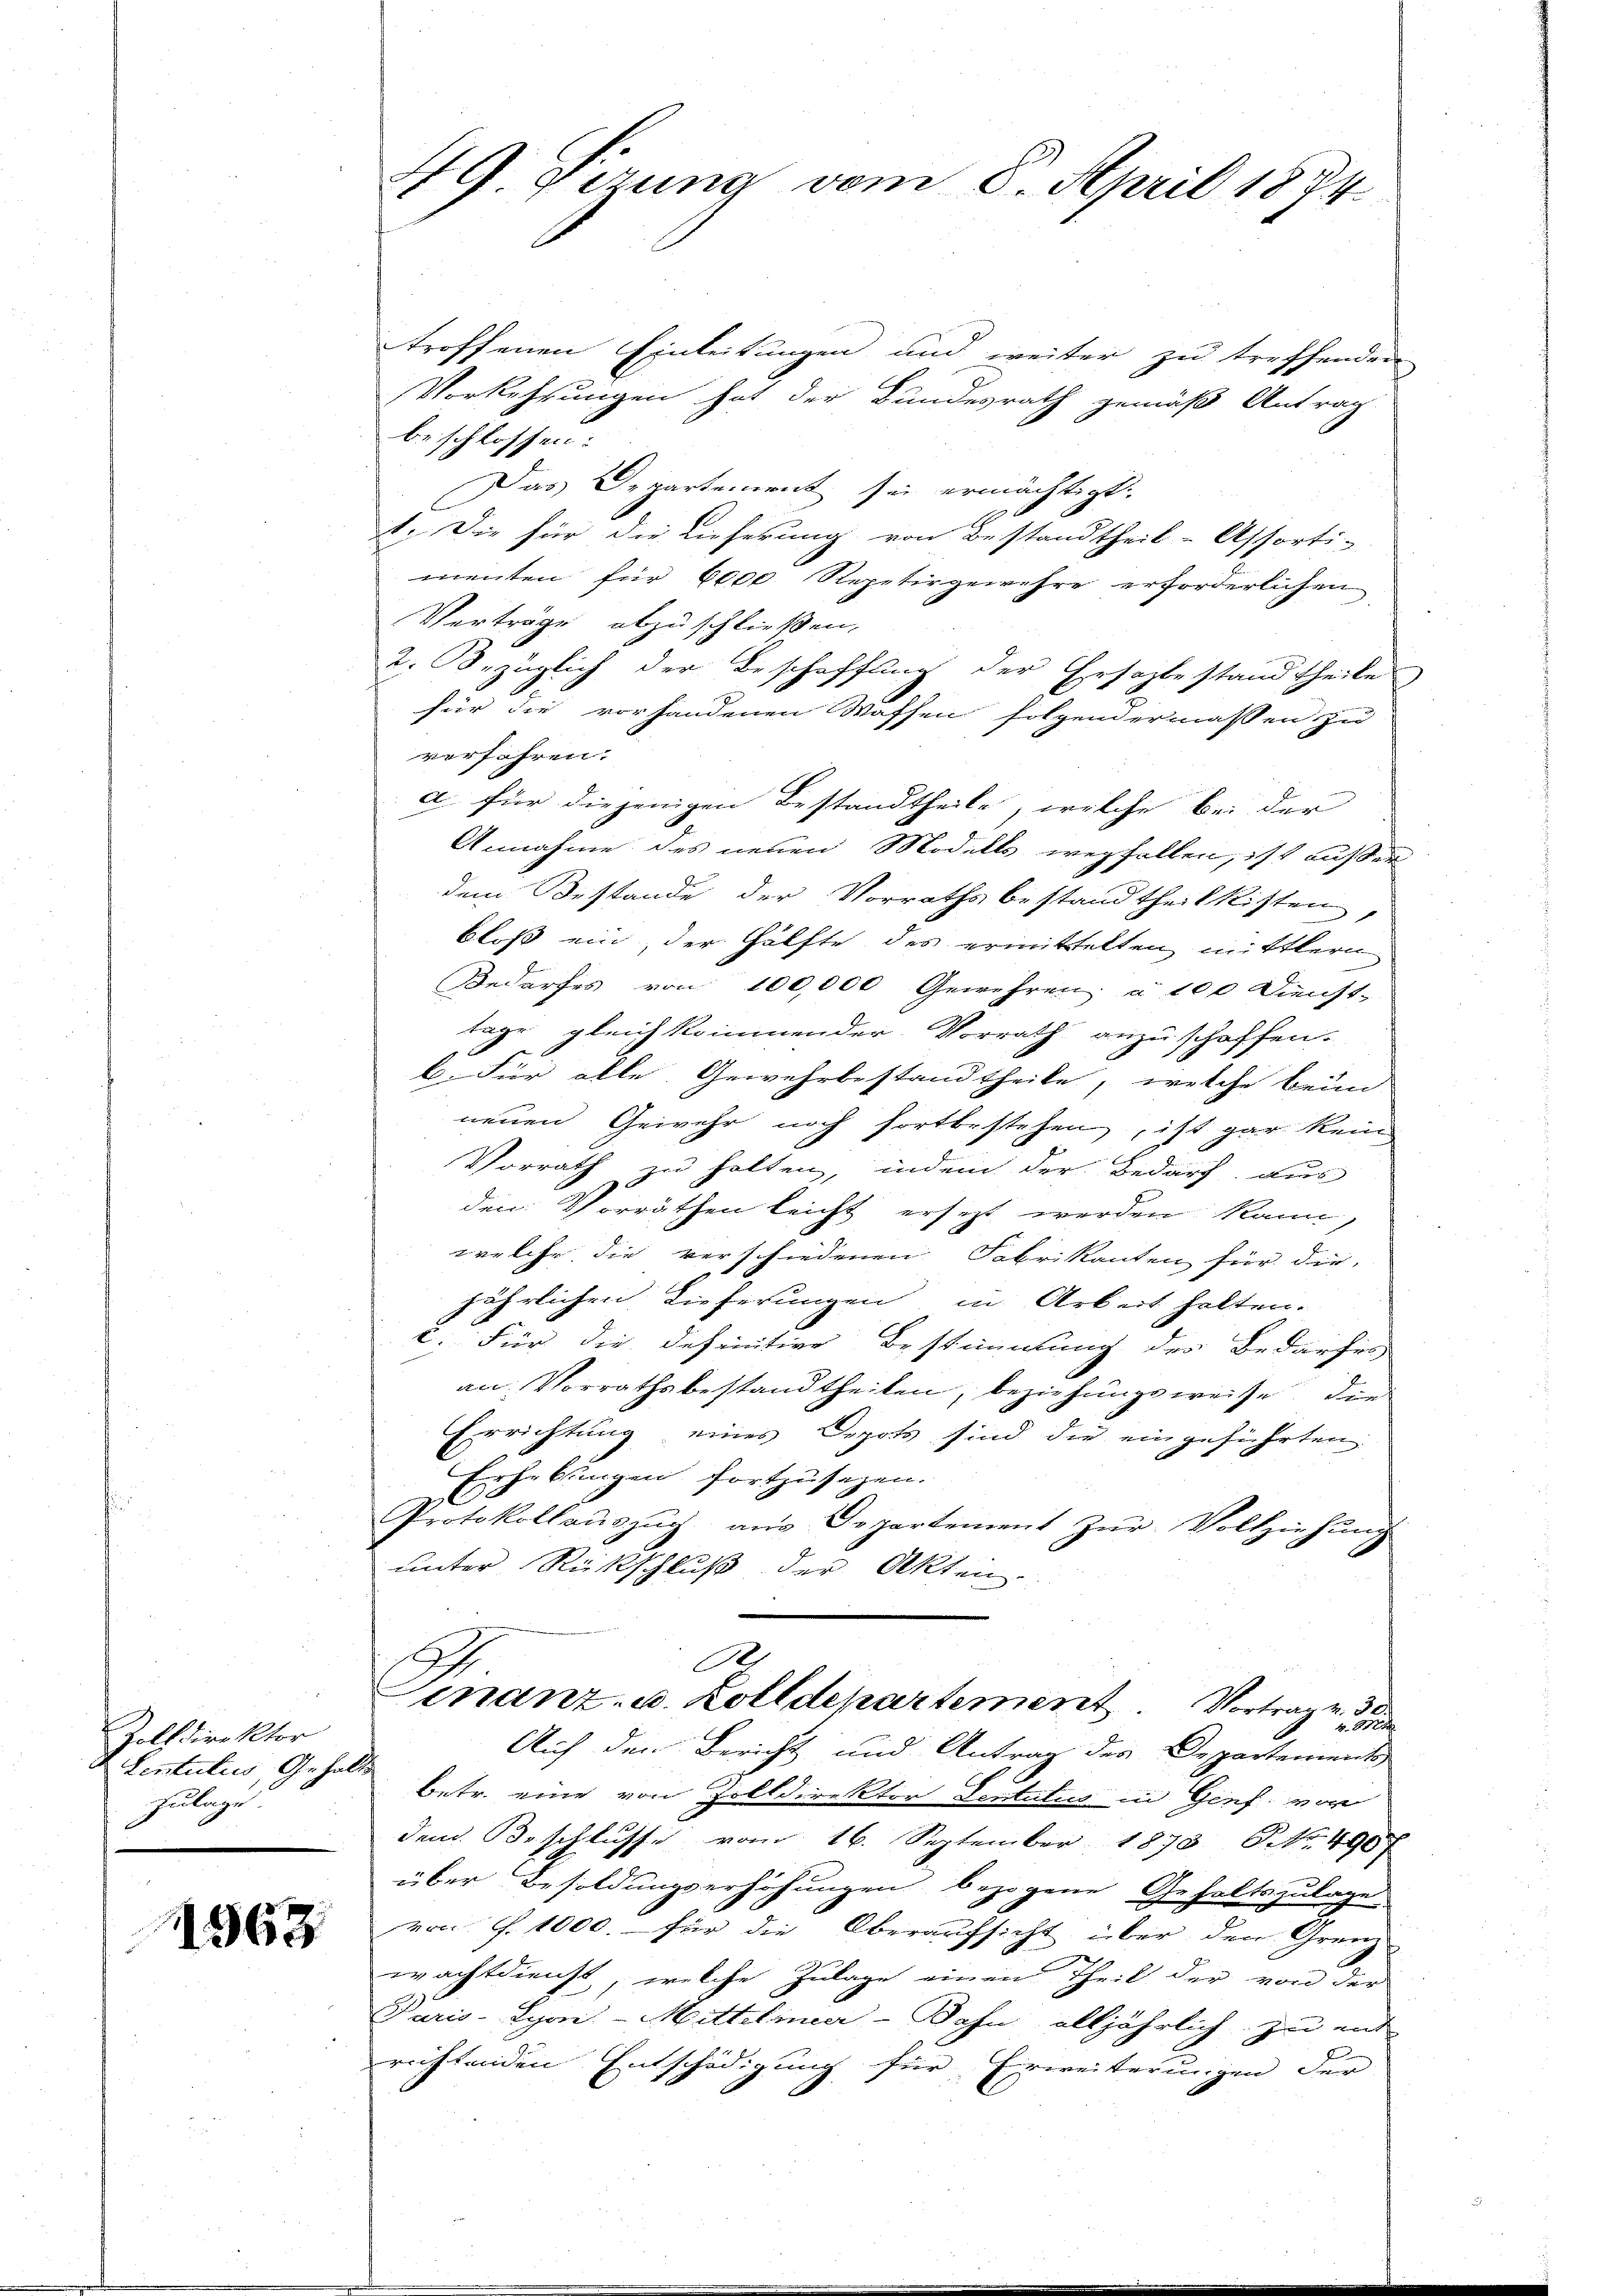
Zolldirektor
Lentulis, Gehalts
Zulage.

1563.

troffenen Einleitungen und weiter zu treffenden
Vorkehrungen hat der Bundesrath gemäß Antrag
beschlossen:
Das Departement sei ermächtigt.
1. Die für die Lieferung von Bestandtheil-Assorti-
menten für 6000 Repetirgewehre erforderlichen
Verträge abzuschließen,
2. bezüglich der Beschaffung der Ersatbestand theile
für die vorhandenen Waffen folgendermassen zu
verfahren.
a für diejenigen Bestandtheile, welche bei der
Annahme des neuen Modells wegfallen, ist außer
dem Bestande der Vorraths bestandtheilkisten,
bloß ein, der Hälfte des ermittelten mittlern
Bedarfes von 100,000 Gewehren; à 100 Dienst-
tage gleich kommender Vorrath anzuschaffen.
b. Für alle Gewehrbestandtheile, welche beim
neuen Gewehr noch fortbestehen, ist gar kein
Vorrath in halten, indem der Bedarf aus
den Vorräthen leicht ersezt werden kann,
welche die verschiedenen Fabrikanten für die
jährlichen Lieferungen in Arbeit halten.
c. Für die definitive Bestimmung des Bedarfes
an Vorrathsbestandtheilen, beziehungsweise, die
Errichtung eines Depots sind die eingeführten
Erhebungen fortzusehen.
C
Protokollaŭszŭg ans Departement zŭr Vollziehŭng
unter Rückschluß der Akten.
x
A
inanz- u. Zolldepartement Vortrag v. de
Auf den Bericht und Antrag des Departements
betr. eine von Zolldirektor dentatis in Genf von
dem Beschlusse vom 16. September 1878 NNo. 490
über Besoldungserhöhungen bezogene Gehaltszulage
von S. 1000.- für die Oberarfsicht über den Grenz
wachtdienst, welche Zulage einen Theil der von der
Paris-Syon-Mittelmeer-Dohn alljährlich zu ent-
richtenden Entschädigung für Erweiterungen der

49. Derung vom 8. April 1874.